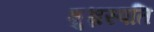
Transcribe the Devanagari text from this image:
शुभ्रस्पति